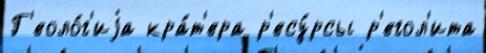
Г'еоло́г'иjа кра́т'ера р'есу́рсы р'егол'ита